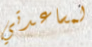
لمساعدتي